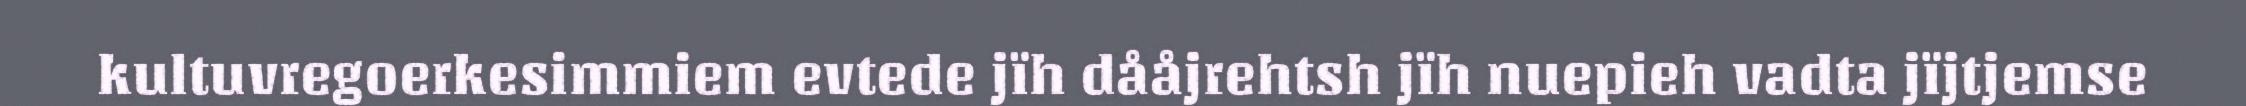
kultuvregoerkesimmiem evtede jïh dååjrehtsh jïh nuepieh vadta jïjtjemse